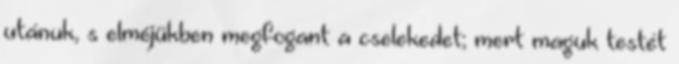
utánuk, s elméjükben megfogant a cselekedet; mert maguk testét